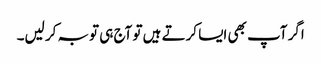
اگر آپ بھی ایسا کرتے ہیں تو آج ہی توبہ کر لیں۔